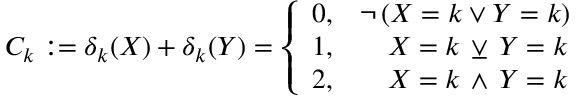
C _ { k } : = \delta _ { k } ( X ) + \delta _ { k } ( Y ) = { \left\{ \begin{array} { l l } { 0 , } & { \neg \, ( X = k \vee Y = k ) } \\ { 1 , } & { \quad X = k \, \veebar \, Y = k } \\ { 2 , } & { \quad X = k \, \wedge \, Y = k } \end{array} \right. }